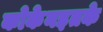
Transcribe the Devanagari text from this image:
कोकेनइतके